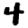
Digit: 4